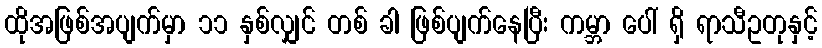
ထိုအဖြစ်အပျက်မှာ ၁၁ နှစ်လျှင် တစ် ခါ ဖြစ်ပျက်နေပြီး ကမ္ဘာ ပေါ် ရှိ ရာသီဥတုနှင့်